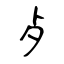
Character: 歺